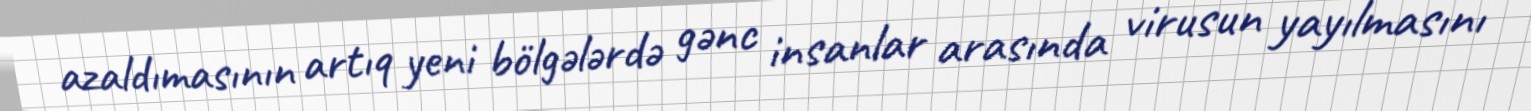
azaldımasının artıq yeni bölgələrdə gənc insanlar arasında virusun yayılmasını